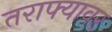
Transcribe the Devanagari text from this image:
तराफ्यावर